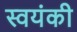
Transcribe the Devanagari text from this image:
स्वयंकी